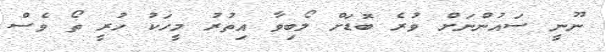
ނޫނީ ސައުންނަށް ވުރެ ބޮޑަށް ލޯބިވާ އިތުރު މީހަކު ހުރީ ތޯ ވެސް